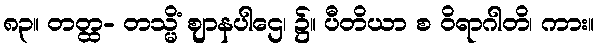
၈၃။ တတ္ထ- တသ္မိံ ဈာနပါဌေ၊ ၌။ ပီတိယာ စ ဝိရာဂါတိ၊ ကား။